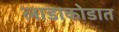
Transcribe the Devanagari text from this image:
लाडाकोडात